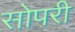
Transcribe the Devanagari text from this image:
सोपरी